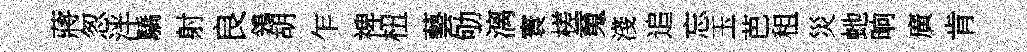
蔣怱泮驕射良鴒胡乍禆杻藝劬漓寰槎䰟淺追忘玉芭租災虵晌廣肯